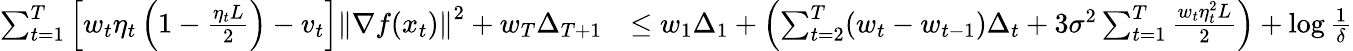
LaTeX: \begin{array}{rl}{\sum_{t=1}^{T}\left[w_{t}\eta_{t}\left(1-\frac{\eta_{t}L}{2}\right)-v_{t}\right]\left\Vert\nabla f(x_{t})\right\Vert^{2}+w_{T}\Delta_{T+1}}&{\le w_{1}\Delta_{1}+\left(\sum_{t=2}^{T}(w_{t}-w_{t-1})\Delta_{t}+3\sigma^{2}\sum_{t=1}^{T}\frac{w_{t}\eta_{t}^{2}L}{2}\right)+\log\frac{1}{\delta}}\end{array}